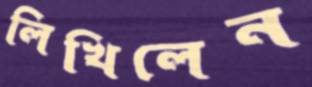
লিখিলেন